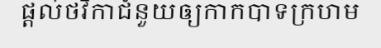
ផ្តល់ថវិកាជំនួយឲ្យកាកបាទក្រហម